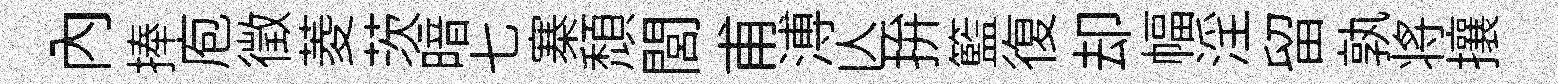
内捧庖徴菱茨暗七寨頹閭甫溥亾拚籃復却幅淫留孰将攘